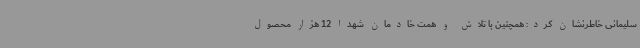
سلیمانی خاطرنشان کرد: همچنین با تلاش و همت خادمان شهدا 12 هزار محصول